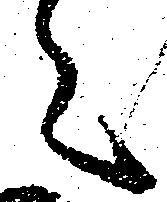
々